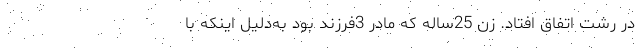
در رشت اتفاق افتاد. زن 25ساله که مادر 3فرزند بود به‌دلیل اینکه با